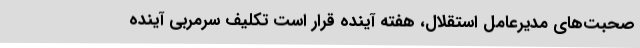
صحبت‌های مدیرعامل استقلال،‌ هفته آینده قرار است تکلیف سرمربی آینده